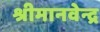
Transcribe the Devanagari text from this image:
श्रीमानवेन्द्र